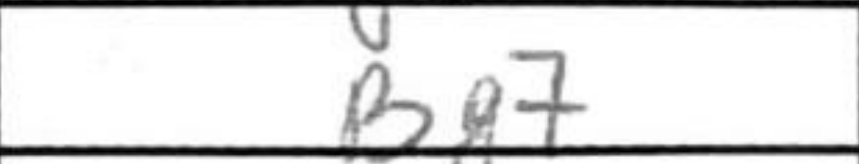
Transcription: Bg7